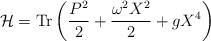
LaTeX: \begin{align*}{\cal H}=\mbox{Tr}\left(\frac{P^2}{2}+\frac{\omega^2 X^2}{2}+ gX^4\right)\end{align*}